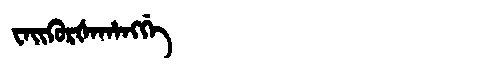
Manchu: ᠸᠠᡳᡴᡠᡵᡧᠠᡥᠠᠩᡤᡝ
Romanization: WAIKURŠAHANGGE